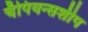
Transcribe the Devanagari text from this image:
चँपियन्सशीप